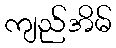
ကျည်အိမ်